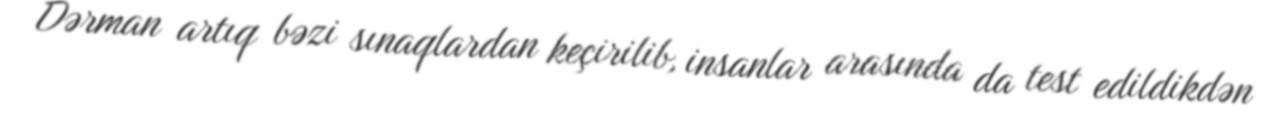
Dərman artıq bəzi sınaqlardan keçirilib, insanlar arasında da test edildikdən